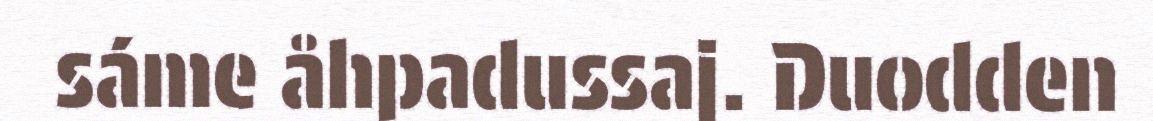
sáme åhpadussaj. Duodden